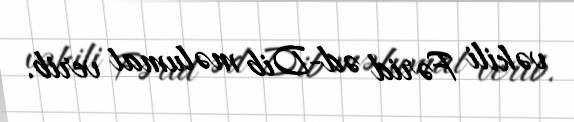
vəkili Fərid əd-Dib məlumat verib.